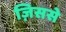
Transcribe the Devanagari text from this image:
ज़िससे